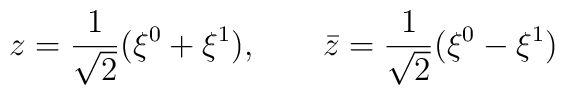
z={1\over\sqrt 2}(\xi^0+\xi^1),\qquad \bar z={1\over\sqrt 2}(\xi^0-\xi^1)